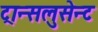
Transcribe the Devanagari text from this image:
ट्रान्सलुसेन्ट